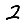
Digit: 2